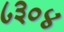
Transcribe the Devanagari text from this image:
८३०४